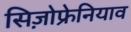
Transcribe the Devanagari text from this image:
सिज़ोफ्रेनियाव